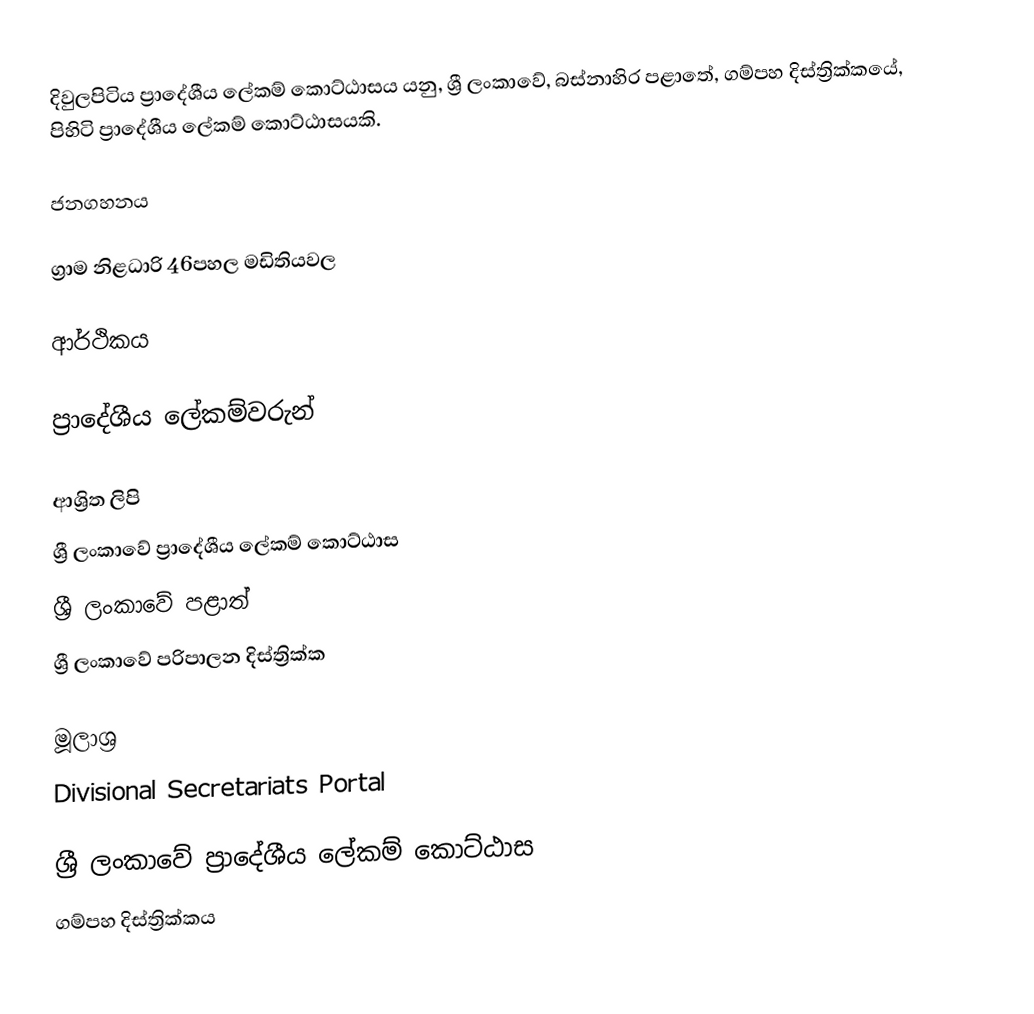
දිවුලපිටිය ප්‍රාදේශීය ලේකම් කොට්ඨාසය යනු,  ශ්‍රී ලංකාවේ, බස්නාහිර පළාතේ,   ගම්පහ දිස්ත්‍රික්කයේ, පිහිටි ප්‍රාදේශීය ලේකම් කොට්ඨාසයකි.

ජනගහනය

ග්‍රාම නිළධාරි 46පහල මඩිතියවල

ආර්ථිකය

ප්‍රාදේශීය ලේකම්වරුන්

ආශ්‍රිත ලිපි
ශ්‍රී ලංකාවේ ප්‍රාදේශීය ලේකම් කොට්ඨාස
ශ්‍රී ලංකාවේ පළාත්
ශ්‍රී ලංකාවේ පරිපාලන දිස්ත්‍රික්ක

මූලාශ්‍ර
 Divisional Secretariats Portal

ශ්‍රී ලංකාවේ ප්‍රාදේශීය ලේකම් කොට්ඨාස
ගම්පහ දිස්ත්‍රික්කය